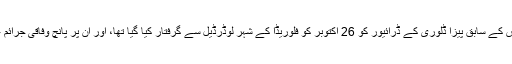
چھپن برس کے سابق پیزا ڈلوری کے ڈرائیور کو 26 اکتوبر کو فلوریڈا کے شہر لوڈرڈیل سے گرفتار کیا گیا تھا، اور اُن پر پانچ وفاقی جرائم عائد تھے۔